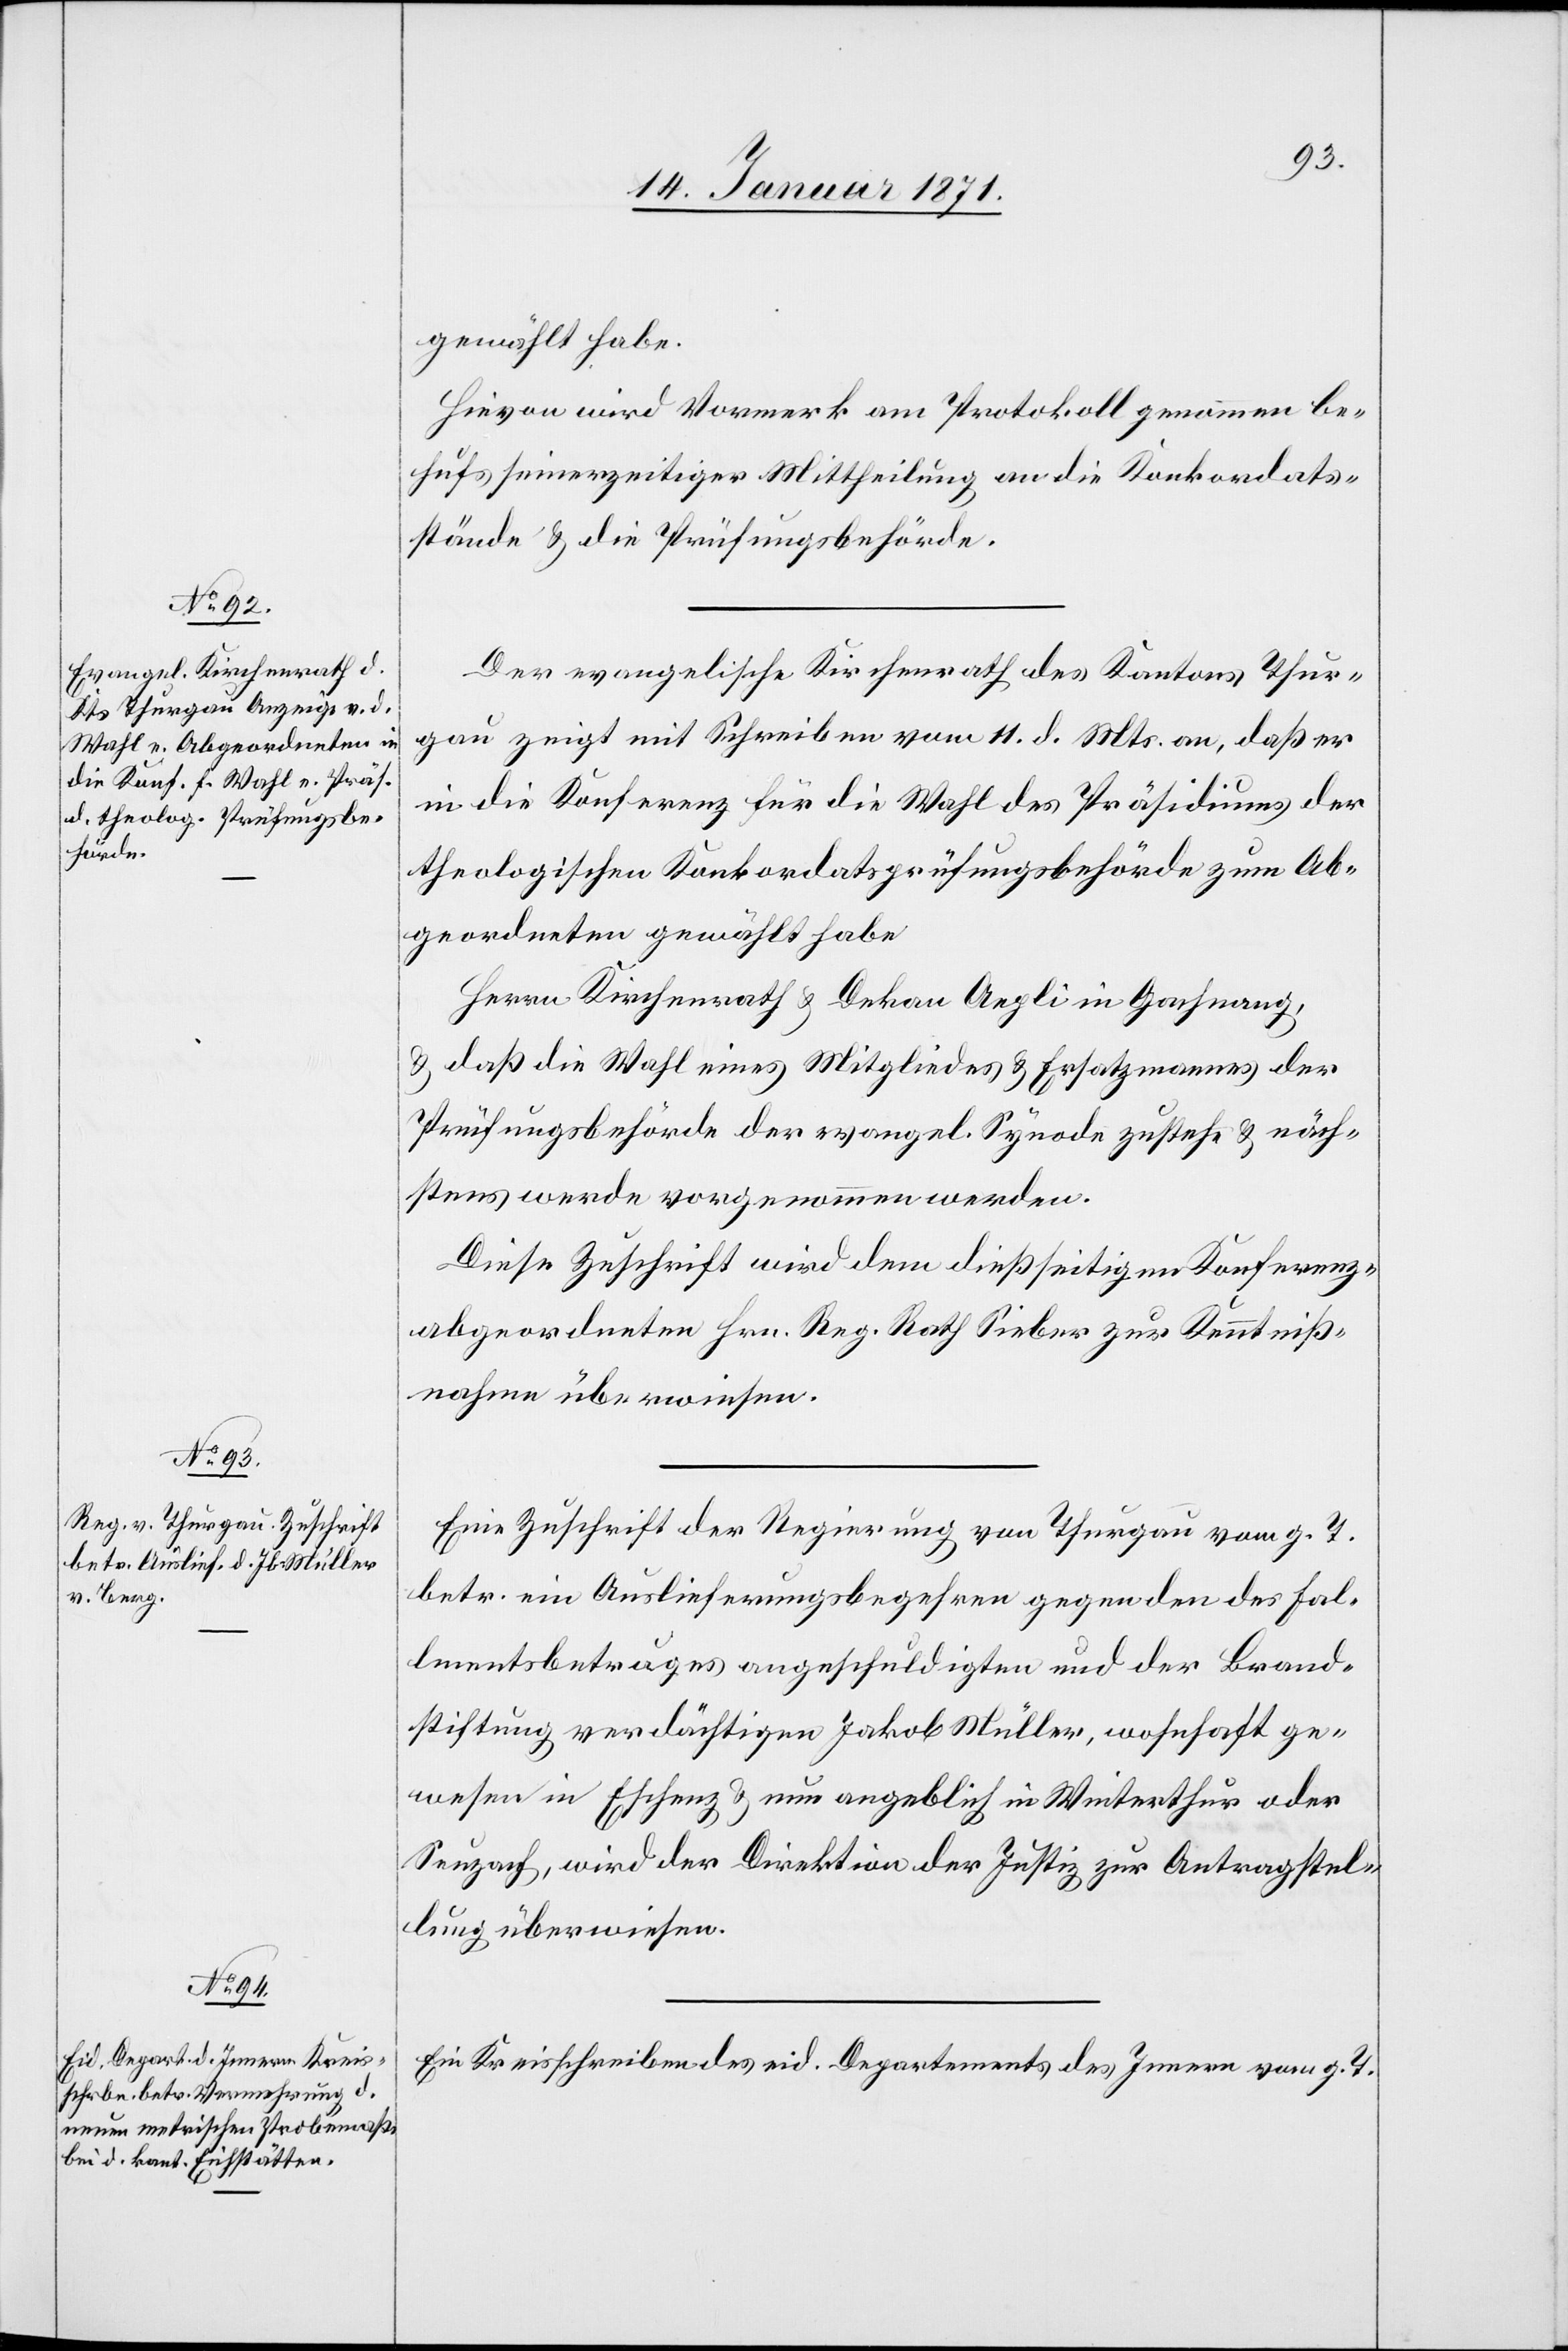
14. Januar 1871.]
gewählt habe.
Hievon wird Vormerk am Protokoll genommen be¬
hufs seinerzeitiger Mittheilung an die Konkordats¬
stände u. die Prüfungsbehörde.
Der evangelische Kirchenrath des Kantons Thur¬
gau zeigt mit Schreiben vom 11. d. Mts. an, daß er
in die Konferenz für die Wahl des Präsidiums der
theologischen Konkordatsprüfungsbehörde zum Ab¬
geordneten gewählt habe
Hrrn Kirchenrath u. Dekan Aegli in Gachnang,
u. daß die Wahl eines Mitgliedes u. Ersatzmannes der
Prüfungsbehörde der evangel. Synode zustehe u. näch¬
stens werde vorgenommen werden.
Diese Zuschrift wird dem dießseitigen Konferenz¬
abgeordneten Hrn. Reg. Rath Sieber zur Kenntniß¬
nahme überwiesen.
Eine Zuschrift der Regierung von Thurgau vom g. T.
betr. ein Auslieferungsbegehren gegen den des Fal¬
lmentsbetruges [sic!] angeschuldigten und der Brand¬
stiftung verdächtigen Jakob Müller, wohnhaft ge¬
wesen in Eschenz u. nun angeblich in Winterthur oder
Seuzach, wird der Direktion der Justiz zur Antragstel¬
lung überwiesen.
Ein Kreisschreiben des eid. Departements des Innern vom g. T.